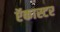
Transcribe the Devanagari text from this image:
ऍकास्टर